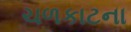
ચળકાટના